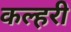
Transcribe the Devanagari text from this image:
कल्हरी